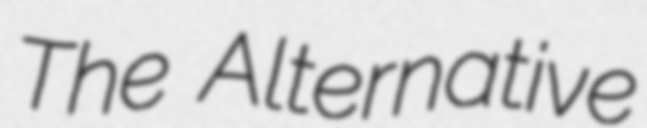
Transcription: The Alternative